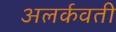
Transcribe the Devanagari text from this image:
अलर्कवती